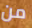
من